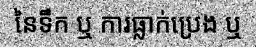
នៃទឹក ឬ ការធ្លាក់ប្រេង ឬ